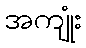
အကျုံး